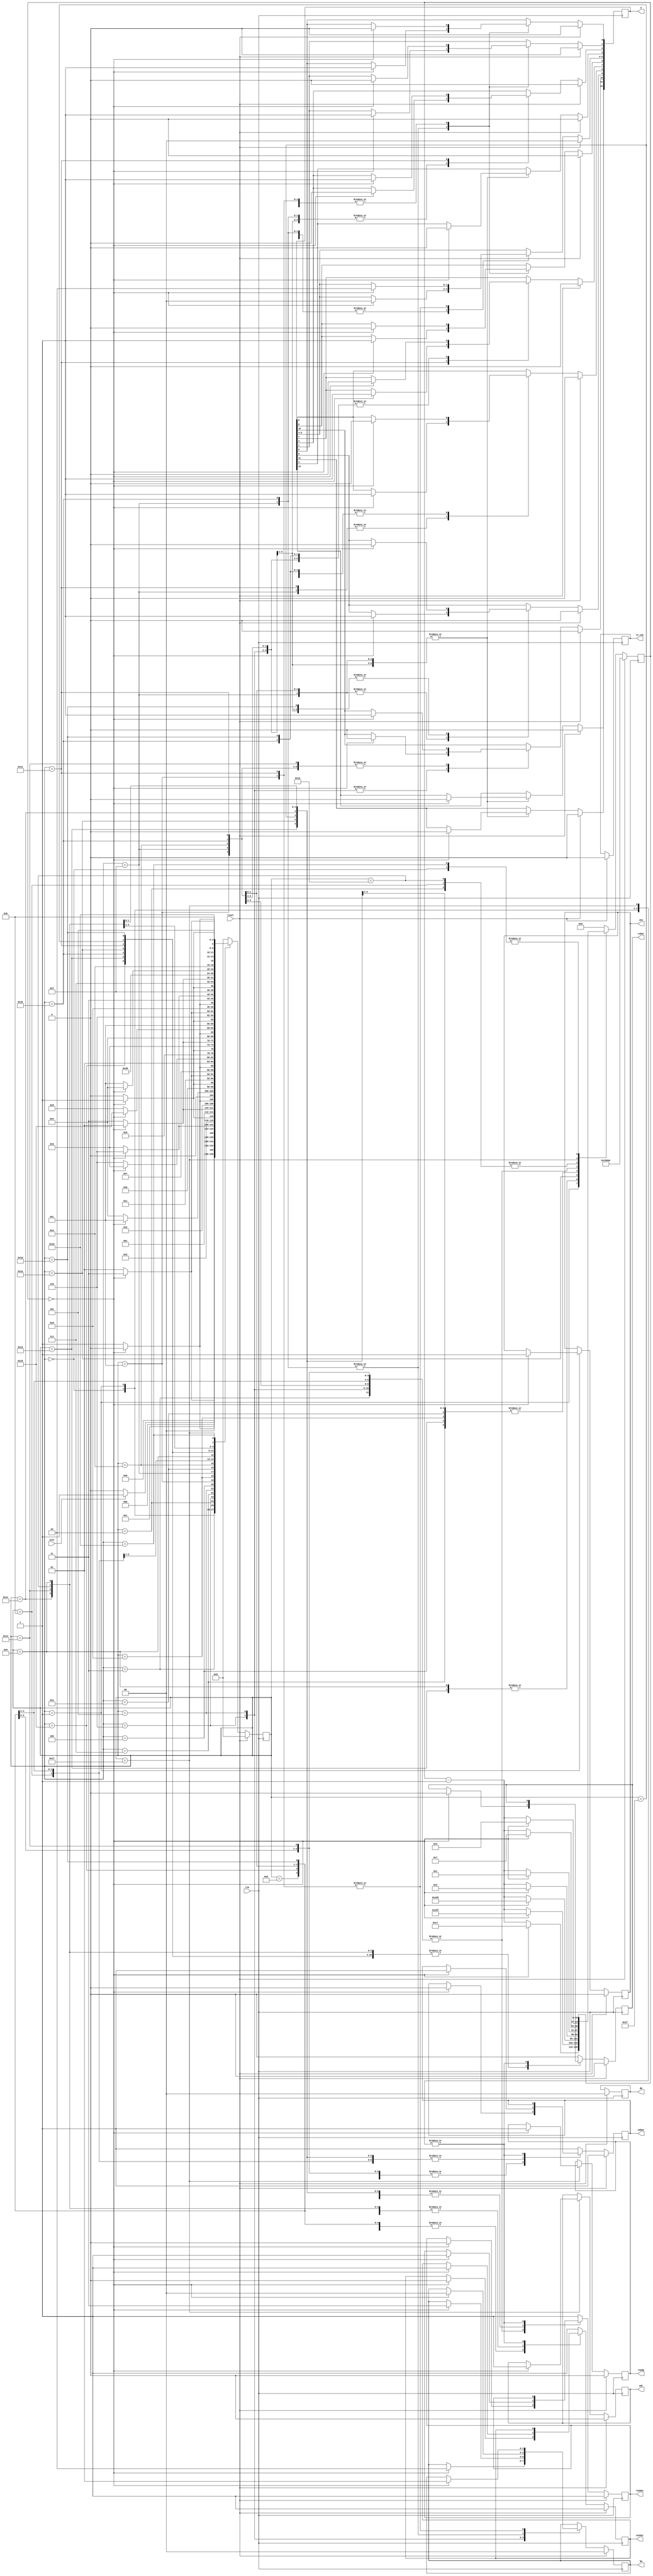
/*
 *******************************************************************************
 *
 *  Author(s)   :   Aditya Shevade      <aditya.shevade@gmail.com>
 *                  Gaurang Chaudhari   <gaurang.chaudhari@gmail.com>
 *  Version     :   1.0.0
 *
 *
 *******************************************************************************
 */

module ddr2_init_engine #(
    parameter   BL  =   3'b011, // Burst Lenght = 8
                BT  =   1'b0,   // Burst Type = Sequential
                CL  =   3'b100, // CAS Latency (CL) = 4
                AL  =   3'b100  // Posted CAS# Additive Latency (AL) = 4
    ) (
    // Outputs
    ready, csbar, rasbar, casbar, webar, ba, a, dm, odt, ts_con, cke,
    // Inputs
    clk, reset, init
    );

    input           clk;
    input           reset;
    input           init;
    output          ready;
    output          csbar;
    output          rasbar;
    output          casbar;
    output          webar;
    output  [ 1:0]  ba;
    output  [12:0]  a;
    output  [ 1:0]  dm;
    output          odt;
    output          ts_con;
    output          cke;

    reg             cke;
    reg             csbar;
    reg             rasbar;
    reg             casbar;
    reg             webar;
    reg     [ 1:0]  ba;
    reg     [12:0]  a;
    reg     [ 1:0]  dm;
    reg             odt;
    reg             ready;
    reg     [15:0]  dq_out;
    reg     [ 1:0]  dqs_out;
    reg     [ 1:0]  dqsbar_out;
    reg             ts_con;
    reg     [12:0]  mrs, emrs;

    wire    [ 3:0]  cmd;
    reg     [16:0]  cntr_reg;
    reg     [ 4:0]  state_reg;

    assign  cmd =   {csbar, rasbar, casbar, webar}; // Used for plotting the command later on.

    localparam  [3:0]   NOP         =   4'b0111,    // NOP.
                        LM          =   4'b0000,    // MR and EMRs.
                        REFRESH     =   4'b0001,    // Refresh and Auto Refresh.
                        PRECHARGE   =   4'b0010;    // Precharge.

    // Better names are probably necesssary but this is just implementing the
    // initialization timing diagram as per the datasheet of the controller chip.
    // Each state is a vertical section from the timing diagram.
    localparam  [4:0]   S0  =   5'b00000,           // States for the state machine.
                        S1  =   5'b00001,
                        S2  =   5'b00011,
                        S3  =   5'b00010,
                        S4  =   5'b00110,
                        S5  =   5'b00111,
                        S6  =   5'b00101,
                        S7  =   5'b00100,
                        S8  =   5'b01100,
                        S9  =   5'b01101,
                        S10 =   5'b01111,
                        S11 =   5'b01110,
                        S12 =   5'b01010,
                        S13 =   5'b01011,
                        S14 =   5'b01001,
                        S15 =   5'b01000,
                        S16 =   5'b11000,
                        S17 =   5'b11001,
                        S18 =   5'b11011,
                        S19 =   5'b11010,
                        S20 =   5'b11110,
                        S21 =   5'b11111,
                        S22 =   5'b11101,
                        S23 =   5'b11100,
                        S24 =   5'b10100,
                        S25 =   5'b10101,
                        S26 =   5'b10111,
                        S27 =   5'b10110;

    always @ (posedge clk) begin    // Clk is 500MHz clock.
        if (reset) begin
            cke         <=  1'b0;
            odt         <=  1'b0;
            a           <=  13'b0;
            ba          <=  2'b0;
            ts_con      <=  1'b0;
		    cke         <=  1'b0;
		    csbar       <=  1'b0;
		    rasbar      <=  1'b1;
		    casbar      <=  1'b1;
		    webar       <=  1'b1;
            dqsbar_out  <=  2'b0;
            dm          <=  2'b0;
		    odt         <=  1'b0;
		    ready       <=  1'b0;
            cntr_reg    <=  17'b1_1000_0110_1010_0000; // 100,000 clocks = 200us + negedge of ck.
            state_reg   <=  S0;
        end else begin
            case (state_reg)
                // Wait till the init signal goes high.
                S0: begin
                    if (init)
                        state_reg   <=  S1;
                    else
                        state_reg   <=  S0;
                end

                // Wait for 200us of NOP
                // Then make cke high and wait for 200 cycles.
                S1: begin
                    if (!cntr_reg) begin
                        state_reg   <=  S2;
                        cntr_reg    <=  17'b0_0000_0000_1100_0111;
                        cke         <=  1'b1;
                    end else begin
                        state_reg   <=  S1;
                        cntr_reg    <=  cntr_reg - 1'b1;
                    end
                end

                // Wwait for 200 cycles.
                // Then give PRECHARGE for 2 cycles.
                // Make a[10] = 1.
                S2: begin
                    if (!cntr_reg) begin
                        state_reg   <=  S3;
                        cntr_reg    <=  17'b0_0000_0000_0000_0001;
                        {csbar, rasbar, casbar, webar}  <=  PRECHARGE;
                        a[10]       <=  1'b1;
                    end else begin
                        state_reg   <=  S2;
                        cntr_reg    <=  cntr_reg - 1'b1;
                    end
                end

                // Wait for 2 cycles of PRECHARGE.
                // Then give NOP for 8 cycles.
                S3: begin
                    if (!cntr_reg) begin
                        state_reg   <=  S4;
                        cntr_reg    <=  17'b0_0000_0000_0000_0111;
                        {csbar, rasbar, casbar, webar}  <=  NOP;
                    end else begin
                        state_reg   <=  S3;
                        cntr_reg    <=  cntr_reg - 1'b1;
                    end
                end

                // Wait for 8 cycles of NOP
                // Then give LM for 2 cycles.
                // Also make a = 0 and ba = 2'b10;
                S4: begin
                    if (!cntr_reg) begin
                        state_reg   <=  S5;
                        cntr_reg    <=  17'b0_0000_0000_0000_0001;
                        ba[1:0]     <=  2'b10;
                        a[12:0]     <=  13'b0;
                        {csbar, rasbar, casbar, webar}  <=  LM;
                    end else begin
                        state_reg   <=  S4;
                        cntr_reg    <=  cntr_reg - 1'b1;
                    end
                end

                S5: begin
                    if (!cntr_reg) begin
                        state_reg   <=  S6;
                        cntr_reg    <=  17'b0_0000_0000_0000_0011;
                        {csbar, rasbar, casbar, webar}  <=  NOP;
                    end else begin
                        state_reg   <=  S5;
                        cntr_reg    <=  cntr_reg - 1'b1;
                    end
                end

                S6: begin
                    if (!cntr_reg) begin
                        state_reg   <=  S7;
                        cntr_reg    <=  17'b0_0000_0000_0000_0001;
                        {csbar, rasbar, casbar, webar}  <=  LM;
                        ba[1:0]     <=  2'b11;
                        a[12:0]     <=  13'b0;
                    end else begin
                        state_reg   <=  S6;
                        cntr_reg    <=  cntr_reg - 1'b1;
                    end
                end

                S7: begin
                    if (!cntr_reg) begin
                        state_reg   <=  S8;
                        cntr_reg    <=  17'b0_0000_0000_0000_0011;
                        {csbar, rasbar, casbar, webar}  <=  NOP;
                    end else begin
                        state_reg   <=  S7;
                        cntr_reg    <=  cntr_reg - 1'b1;
                    end
                end

                S8: begin
                    if (!cntr_reg) begin
                        state_reg   <=  S9;
                        cntr_reg    <=  17'b0_0000_0000_0000_0001;
                        {csbar, rasbar, casbar, webar}  <=  LM;
                        ba[1:0]     <=  2'b01;
                        a[0]        <=  1'b0;   // DLL Enable = Enabled
                        a[1]        <=  1'b0;   // Output Driver Impedence Control (D.I.C) = Normal 100%
                        a[2]        <=  1'b0;   // Rtt ODT = off  (Until step 10)
                        a[6]        <=  1'b0;   // Rtt ODT = off  (Until step 10)
                        a[5:3]      <=  AL;     // Additive Latency = 3
                        a[9:7]      <=  3'b000; // OCD Calliberation Program = Exit
                        a[10]       <=  1'b1;   // DQS_bar = disabled
                        a[11]       <=  1'b0;   // RDQS = Disabled to enable DM (Data Mask)
                        a[12]       <=  1'b0;   // Qoff, Output Buffers = Enabled
                        //a[12:0]     <=  13'b0_0100_0001_1000;
                    end else begin
                        state_reg   <=  S8;
                        cntr_reg    <=  cntr_reg - 1'b1;
                    end
                end

                S9: begin
                    if (!cntr_reg) begin
                        state_reg   <=  S10;
                        cntr_reg    <=  17'b0_0000_0000_0000_0011;
                        {csbar, rasbar, casbar, webar}  <=  NOP;
                    end else begin
                        state_reg   <=  S9;
                        cntr_reg    <=  cntr_reg - 1'b1;
                    end
                end

                S10: begin
                    if (!cntr_reg) begin
                        state_reg   <=  S11;
                        cntr_reg    <=  17'b0_0000_0000_0000_0001;
                        {csbar, rasbar, casbar, webar}  <=  LM;
                        ba[1:0]     <=  2'b00;
                        a[2:0]      <=  BL;     // Burst Length = 4
                        a[3]        <=  BT;     //Burst type = Seq    @(posedge ck); // wait untill positive edge of the clock
                        a[6:4]      <=  CL;     // CAS_BAR latency = 4  ? Denali's rep emailed
                        a[7]        <=  1'b0;   // TM = Normal
                        a[8]        <=  1'b1;   // DLL Reset = Yes <------------------
                        a[11:9]     <=  3'b011; // Write recovery for autoprecharge = 4 cycles = approx tWR = 15 ns

                        // specified in MRS/EMRS command is less than 15 ns
                        // specified in SOMA file with current cycle time of 4 ns

                        a[12]       <= 0; // Active power down exit time (PD) = Fast Exit (use tXARD)
                        //a[12:0]     <=  13'b0_0111_0100_0010;
                    end else begin
                        state_reg   <=  S10;
                        cntr_reg    <=  cntr_reg - 1'b1;
                    end
                end

                S11: begin
                    if (!cntr_reg) begin
                        state_reg   <=  S12;
                        cntr_reg    <=  17'b0_0000_0000_0000_0011;
                        {csbar, rasbar, casbar, webar}  <=  NOP;
                    end else begin
                        state_reg   <=  S11;
                        cntr_reg    <=  cntr_reg - 1'b1;
                    end
                end

                S12: begin
                    if (!cntr_reg) begin
                        state_reg   <=  S13;
                        cntr_reg    <=  17'b0_0000_0000_0000_0001;
                        {csbar, rasbar, casbar, webar}  <=  PRECHARGE;
                        a[10]       <=  1'b1;
                    end else begin
                        state_reg   <=  S12;
                        cntr_reg    <=  cntr_reg - 1'b1;
                    end
                end

                S13: begin
                    if (!cntr_reg) begin
                        state_reg   <=  S14;
                        cntr_reg    <=  17'b0_0000_0000_0000_0111;
                        {csbar, rasbar, casbar, webar}  <=  NOP;
                    end else begin
                        state_reg   <=  S13;
                        cntr_reg    <=  cntr_reg - 1'b1;
                    end
                end

                S14: begin
                    if (!cntr_reg) begin
                        state_reg   <=  S15;
                        cntr_reg    <=  17'b0_0000_0000_0000_0001;
                        {csbar, rasbar, casbar, webar}  <=  REFRESH;
                    end else begin
                        state_reg   <=  S14;
                        cntr_reg    <=  cntr_reg - 1'b1;
                    end
                end

                S15: begin
                    if (!cntr_reg) begin
                        state_reg   <=  S16;
                        cntr_reg    <=  17'b0_0000_0001_1000_1111;
                        {csbar, rasbar, casbar, webar}  <=  NOP;
                    end else begin
                        state_reg   <=  S15;
                        cntr_reg    <=  cntr_reg - 1'b1;
                    end
                end

                S16: begin
                    if (!cntr_reg) begin
                        state_reg   <=  S17;
                        cntr_reg    <=  17'b0_0000_0000_0000_0001;
                        {csbar, rasbar, casbar, webar}  <=  REFRESH;
                    end else begin
                        state_reg   <=  S16;
                        cntr_reg    <=  cntr_reg - 1'b1;
                    end
                end

                S17: begin
                    if (!cntr_reg) begin
                        state_reg   <=  S18;
                        cntr_reg    <=  17'b0_0000_0001_1000_1111;
                        {csbar, rasbar, casbar, webar}  <=  NOP;
                    end else begin
                        state_reg   <=  S17;
                        cntr_reg    <=  cntr_reg - 1'b1;
                    end
                end

                S18: begin
                    if (!cntr_reg) begin
                        state_reg   <=  S19;
                        cntr_reg    <=  17'b0_0000_0000_0000_0001;
                        {csbar, rasbar, casbar, webar}  <=  LM;
                        ba[1:0]     <=  2'b00;
                        a[2:0]      <=  BL;     // Burst Length = 4
                        a[3]        <=  BT;     //Burst type = Sequential
                        a[6:4]      <=  CL;     // CAS_BAR latency = 4
                        a[7]        <=  1'b0;   // TM = Normal
                        a[8]        <=  1'b0;   // DLL Reset = No
                        a[11:9]     <=  3'b011; // Write recovery for autoprecharge = 4 cycles = approx tWR = 15 ns

                        // *Denali* Warning: <dtop.xddr2>@200442 ns :: twr value of 3.0 cycles
                        // specified in MRS/EMRS command is less than 15 ns
                        // specified in SOMA file with current cycle time of 4 ns

                        a[12]       <= 0;       // Active power down exit time (PD) = Fast Exit (use tXARD)
                        //a[12:0]     <=  13'b0_0110_0100_0010;
                    end else begin
                        state_reg   <=  S18;
                        cntr_reg    <=  cntr_reg - 1'b1;
                    end
                end

                S19: begin
                    if (!cntr_reg) begin
                        state_reg   <=  S20;
                        cntr_reg    <=  17'b0_0000_0001_1001_0101;
                        {csbar, rasbar, casbar, webar}  <=  NOP;
                    end else begin
                        state_reg   <=  S19;
                        cntr_reg    <=  cntr_reg - 1'b1;
                    end
                end

                S20: begin
                    if (!cntr_reg) begin
                        state_reg   <=  S21;
                        cntr_reg    <=  17'b0_0000_0000_0000_0001;
                        {csbar, rasbar, casbar, webar}  <=  LM;
                        ba[1:0]     <=  2'b01;
                        a[0]        <=  1'b0;   // DLL Enable = Enabled
                        a[1]        <=  1'b0;   // Output Driver Impedence Control (D.I.C) = Normal 100%
                        a[2]        <=  1'b1;   // Rtt ODT = 75 ohm
                        a[6]        <=  1'b0;   // Rtt ODT = 75 ohm
                        a[5:3]      <=  AL;     // Additive Latency = 3
                        a[9:7]      <=  3'b111; // OCD Calliberation Program = Default ????
                        a[10]       <=  1'b1;   // DQS_bar = disabled
                        a[11]       <=  1'b0;   // RDQS = Disabled to enable DM (Data Mask)
                        a[12]       <=  1'b0;   // Qoff, Output Buffers = Enabled
                        //a[12:0]     <=  13'b0_0111_1001_1100;
                    end else begin
                        state_reg   <=  S20;
                        cntr_reg    <=  cntr_reg - 1'b1;
                    end
                end

                S21: begin
                    if (!cntr_reg) begin
                        state_reg   <=  S22;
                        cntr_reg    <=  17'b0_0000_0000_0000_0011;
                        {csbar, rasbar, casbar, webar}  <=  NOP;
                    end else begin
                        state_reg   <=  S21;
                        cntr_reg    <=  cntr_reg - 1'b1;
                    end
                end

                S22: begin
                    if (!cntr_reg) begin
                        state_reg   <=  S23;
                        cntr_reg    <=  17'b0_0000_0000_0000_0001;
                        {csbar, rasbar, casbar, webar}  <=  LM;
                        a[9:7]      <=  3'b000;
                    end else begin
                        state_reg   <=  S23;
                        cntr_reg    <=  cntr_reg - 1'b1;
                    end
                end

                S23: begin
                    if (!cntr_reg) begin
                        state_reg   <=  S24;
                        cntr_reg    <=  17'b0_0000_0000_0000_0011;
                        {csbar, rasbar, casbar, webar}  <=  NOP;
                    end else begin
                        state_reg   <=  S23;
                        cntr_reg    <=  cntr_reg - 1'b1;
                    end
                end

                S24: begin
                    if (!cntr_reg) begin
                        state_reg   <=  S25;
                        cntr_reg    <=  17'b0_0000_0000_0000_0001;
                        {csbar, rasbar, casbar, webar}  <=  PRECHARGE;
                        a[10]       <=  1'b1;
                    end else begin
                        state_reg   <=  S24;
                        cntr_reg    <=  cntr_reg - 1'b1;
                    end
                end

                S25: begin
                    if (!cntr_reg) begin
                        state_reg   <=  S26;
                        cntr_reg    <=  17'b0_0000_0000_0000_0111;
                        {csbar, rasbar, casbar, webar}  <=  NOP;
                    end else begin
                        state_reg   <=  S25;
                        cntr_reg    <=  cntr_reg - 1'b1;
                    end
                end

                S26: begin
                    if (!cntr_reg) begin
                        state_reg   <=  S27;
                        cntr_reg    <=  17'b0_0000_0000_0000_0100;
                        odt         <=  1'b1;
                        ready       <=  1'b1;
                    end else begin
                        state_reg   <=  S26;
                        cntr_reg    <=  cntr_reg - 1'b1;
                    end
                end

                S27: begin
                    state_reg   <=  S27;
                    {csbar, rasbar, casbar, webar}  <=  NOP;
                end

                default: begin
                    state_reg   <=  S0;
                    cntr_reg    <=  17'b0_0000_0000_0000_0000;
                    {csbar, rasbar, casbar, webar}  <=  NOP;
                end

            endcase
        end
    end

endmodule